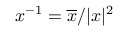
x ^ { - 1 } = \overline { { x } } / \vert x \vert ^ { 2 }